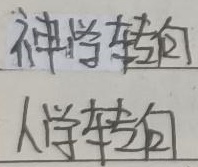
神学转向人学转向